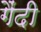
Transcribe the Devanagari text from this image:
गैंदी